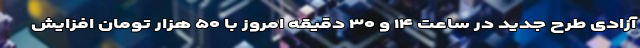
آزادی طرح جدید در ساعت ۱۴ و ۳۰ دقیقه امروز با ۵۰ هزار تومان افزایش